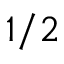
1 / 2